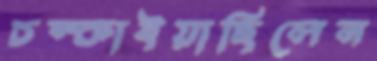
চম্‌কাইয়াছিলেন